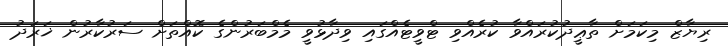
ރިޔާޒް މިކަމަށް ތާޢީދުކުރައްވާ ކުރެއްވި ޓްވީޓެއްގައި ވިދާޅުވީ މެމްބަރުންގެ ކޮއްތަށް ސަރުކާރުން ޚަރަދު